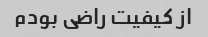
از کیفیت راضی بودم